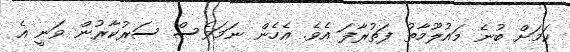
ކަމަށް ބުނެ މައުލޫމާތު ފަތުރާފަ އެވެ. އެހެން ނަމަވެސް ސަރުކާރުން ވަނީ އެ